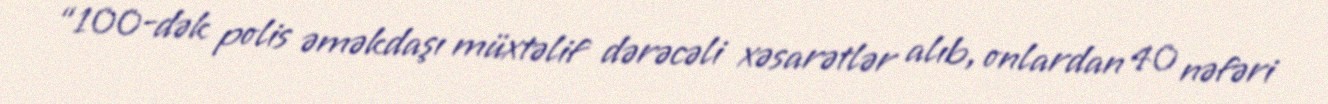
“100-dək polis əməkdaşı müxtəlif dərəcəli xəsarətlər alıb, onlardan 40 nəfəri